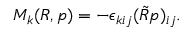
\begin{array} { r } { M _ { k } ( R , p ) = - \epsilon _ { k i j } ( \tilde { R } p ) _ { i j } . } \end{array}